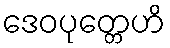
ဒေဝပုတ္တေဟိ